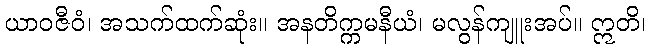
ယာဝဇီဝံ၊ အသက်ထက်ဆုံး။ အနတိက္ကမနီယံ၊ မလွန်ကျူးအပ်။ ဣတိ၊